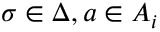
\sigma \in \Delta , a \in A _ { i }